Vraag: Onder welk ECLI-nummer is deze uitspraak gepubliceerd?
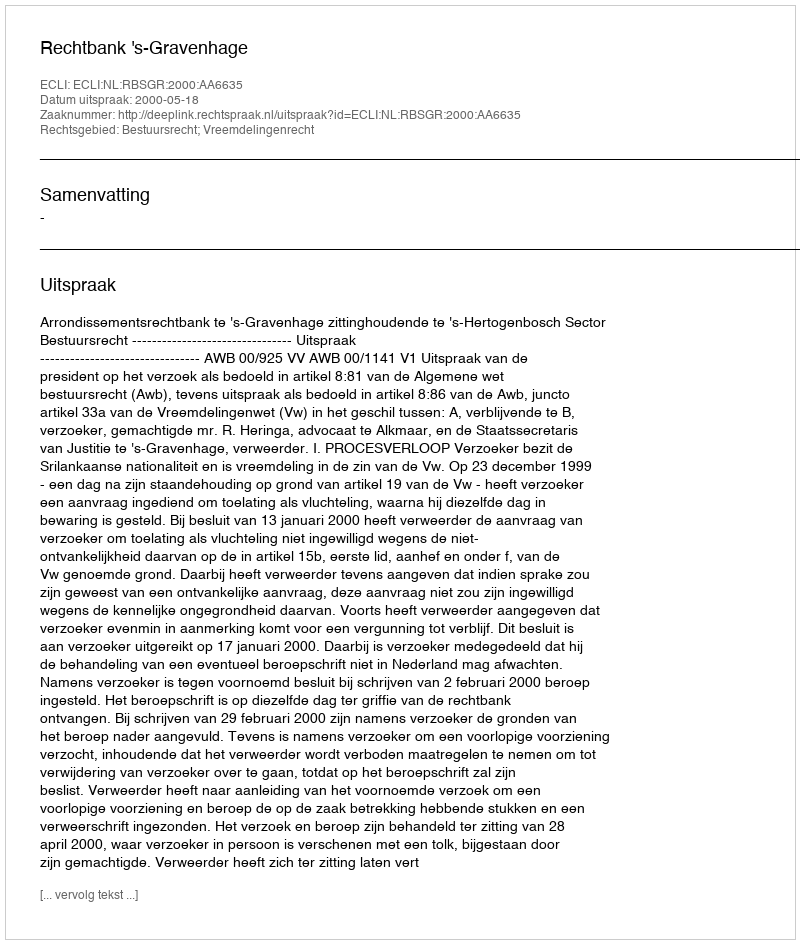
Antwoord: ECLI:NL:RBSGR:2000:AA6635